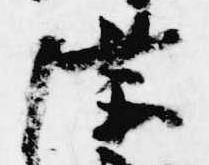
隆